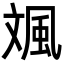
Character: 𩖣